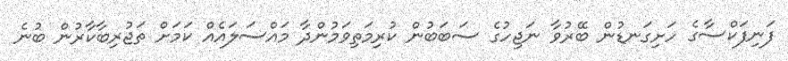
ފަނިފަކްސާގެ ހަށިގަނޑުން ބޭރުވާ ނަޖިހުގެ ސަބަބުން ކުރިމަތިވަމުންދާ މައްސަލައެއް ކަމަށް ތަޖުރިބާކާރުން ބުނެ